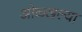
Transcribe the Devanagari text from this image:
ओळ्खल्या